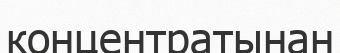
концентратынан